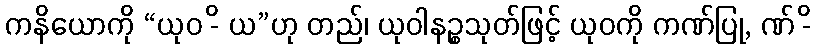
ကနိယောကို “ယုဝ -ိ ယ”ဟု တည်၊ ယုဝါနဉ္စသုတ်ဖြင့် ယုဝကို ကဏ်ပြု, ဏ် -ိ